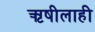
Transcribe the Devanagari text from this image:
ऋषीलाही